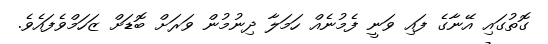
ގޮތުގައި އޭނާގެ ފައި ވަނީ ފެމުނެއް ހަމަލާ ދިނުމުން ވަރަށް ބޮޑަށް ޒަހަމްވެފައެވެ.